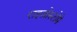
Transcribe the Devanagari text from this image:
राइज़ोस्टोमे